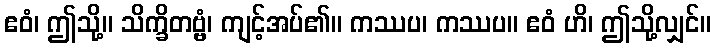
ဧဝံ၊ ဤသို့။ သိက္ခိတဗ္ဗံ၊ ကျင့်အပ်၏။ ကဿပ၊ ကဿပ။ ဧဝံ ဟိ၊ ဤသို့လျှင်။